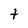
Character: t